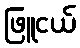
ဖြူငယ်